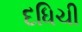
દધિચી